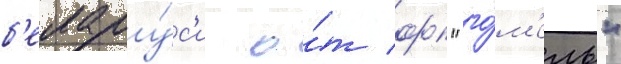
б'елару́с'и о́т фк "го́м'ель"